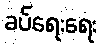
ခပ်ရေးရေး